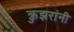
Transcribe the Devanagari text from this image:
क्रुझरांनी